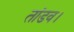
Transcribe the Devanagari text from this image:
तांडव।